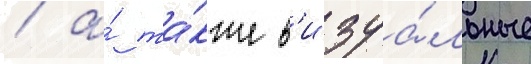
/ а́ та́кже в'изуа́льные